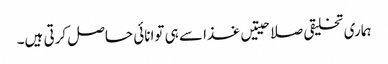
ہماری تخلیقی صلاحیتیں غذا سے ہی توانائی حاصل کرتی ہیں۔